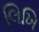
લિખિ